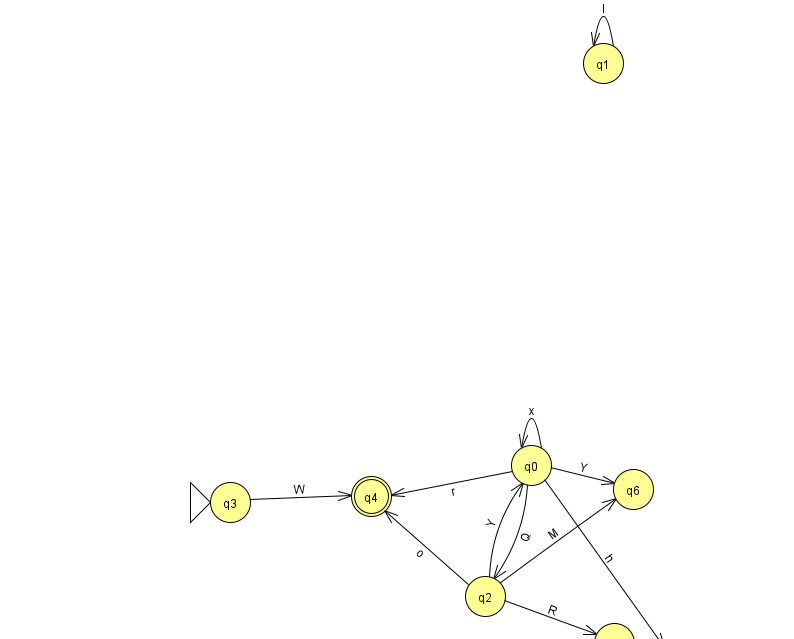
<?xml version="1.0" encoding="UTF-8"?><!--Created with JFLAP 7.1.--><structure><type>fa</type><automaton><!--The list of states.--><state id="0" name="q0"><x>531.0</x><y>452.0</y></state><state id="1" name="q1"><x>603.0</x><y>50.0</y></state><state id="2" name="q2"><x>485.0</x><y>583.0</y></state><state id="3" name="q3"><x>230.0</x><y>489.0</y><initial/></state><state id="4" name="q4"><x>371.0</x><y>483.0</y><final/></state><state id="5" name="q5"><x>614.0</x><y>630.0</y></state><state id="6" name="q6"><x>633.0</x><y>476.0</y></state><state id="7" name="q7"><x>673.0</x><y>651.0</y></state><!--The list of transitions.--><transition><from>0</from><to>2</to><read>Q</read></transition><transition><from>2</from><to>5</to><read>R</read></transition><transition><from>2</from><to>6</to><read>M</read></transition><transition><from>3</from><to>4</to><read>W</read></transition><transition><from>0</from><to>6</to><read>Y</read></transition><transition><from>0</from><to>7</to><read>h</read></transition><transition><from>2</from><to>4</to><read>o</read></transition><transition><from>0</from><to>0</to><read>x</read></transition><transition><from>2</from><to>0</to><read>Y</read></transition><transition><from>1</from><to>1</to><read>I</read></transition><transition><from>0</from><to>4</to><read>r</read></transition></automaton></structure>